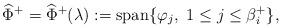
LaTeX: \begin{align*} \widehat{\Phi}^+=\widehat{\Phi}^+(\lambda):={\rm span}\{\varphi_j,~1\leq j\leq \beta_i^+\},\end{align*}